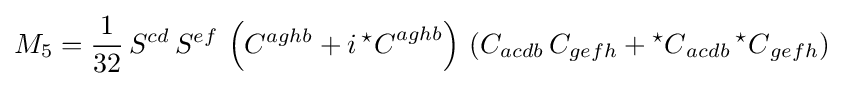
M_{5}={\frac {1}{32}}\,S^{cd}\,S^{ef}\,\left(C^{aghb}+i\,{{}^{\star }C}^{aghb}\right)\,\left(C_{acdb}\,C_{gefh}+{{}^{\star }C}_{acdb}\,{{}^{\star }C}_{gefh}\right)